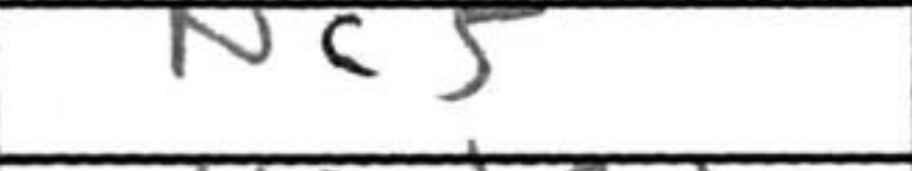
Transcription: Nc5